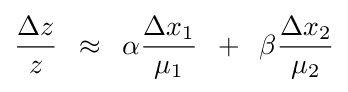
{\frac {\Delta z}{z}}\,\,\,\approx \,\,\,\alpha {\frac {\Delta x_{1}}{\mu _{1}}}\,\,\,+\,\,\,\beta {\frac {\Delta x_{2}}{\mu _{2}}}